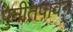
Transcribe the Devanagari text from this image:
पुनीतपावन